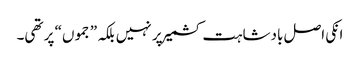
انکی اصل بادشاہت کشمیر پر نہیں بلکہ ”جموں“ پر تھی۔